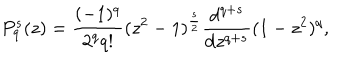
P _ { q } ^ { s } ( z ) = \frac { ( - 1 ) ^ { q } } { 2 ^ { q } q ! } ( z ^ { 2 } - 1 ) ^ { \frac s 2 } \frac { \mathrm { d } ^ { q + s } } { \mathrm { d } z ^ { q + s } } ( 1 - z ^ { 2 } ) ^ { q } ,